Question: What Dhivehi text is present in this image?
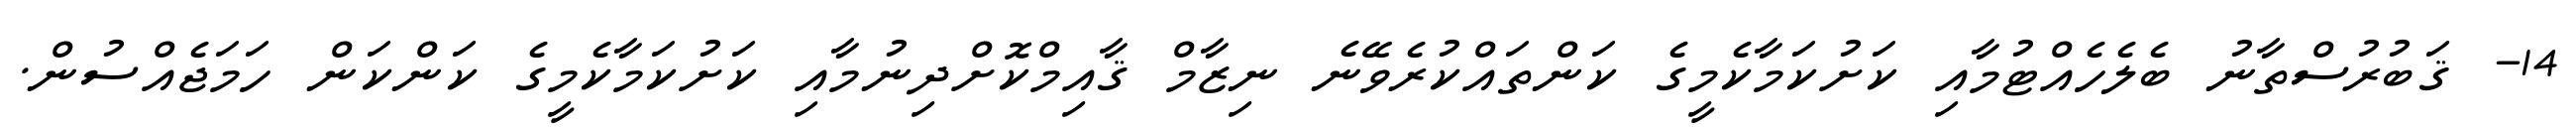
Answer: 14- ޤަބުރުސްތާނު ބެލެހެއްޓުމާއި ކަށުކަމާކެމީގެ ކަންތައްކުރެވޭނެ ނިޒާމް ޤާއިމްކޮށްދިނުމާއި ކަށުކަމާކެމީގެ ކަންކަން ހަމަޖެއްސުން.